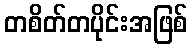
တစိတ်တပိုင်းအဖြစ်